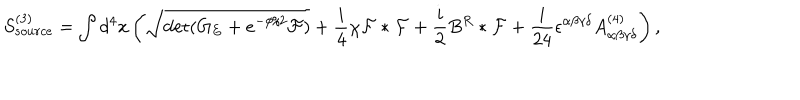
S _ { s o u r c e } ^ { ( 3 ) } = \int d ^ { 4 } x \left( \sqrt { \det ( G _ { E } + e ^ { - \phi / 2 } { \cal F } ) } + { \frac { i } { 4 } } \chi { \cal F } * { \cal F } + { \frac { i } { 2 } } B ^ { R } * { \cal F } + { \frac { i } { 2 4 } } \epsilon ^ { \alpha \beta \gamma \delta } A _ { \alpha \beta \gamma \delta } ^ { ( 4 ) } \right) ,